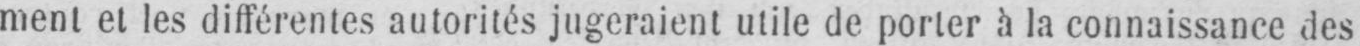
ment et les différentes autorités jugeraient utile de porter à la connaissance des